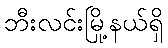
ဘီးလင်းမြို့နယ်ရှိ